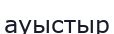
ауыстыр